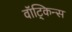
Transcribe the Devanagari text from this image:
वॉट्किन्स